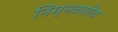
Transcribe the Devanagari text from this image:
निम्नवसीय